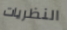
النظريات